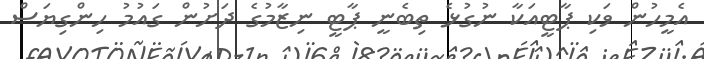
އެމީހުން ވަކި ޕާޓީއަކާ ނުގުޅެ ތިބެނީ ޕާޓީ ނިޒާމުގެ ދަށުން ގައުމު ހިންގިޔަސް